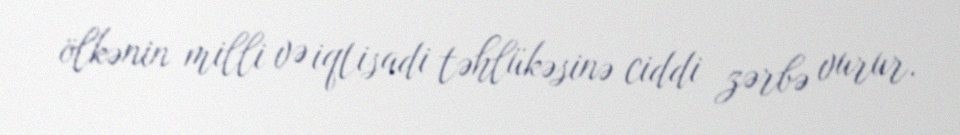
ölkənin milli və iqtisadi təhlükəsinə ciddi zərbə vurur.